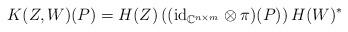
LaTeX: \begin{align*} K(Z,W)(P) = H(Z) \left( ({\rm id}_{{\mathbb C}^{n \times m}} \otimes \pi)(P) \right) H(W)^*\end{align*}